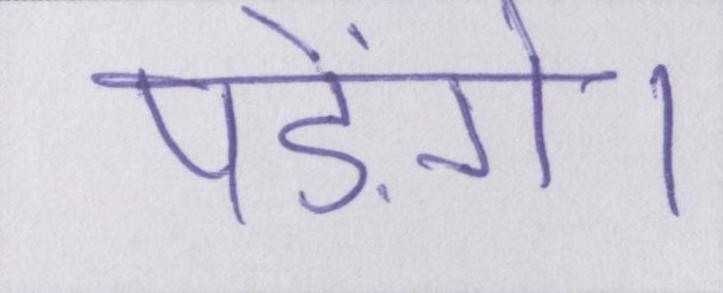
पड़ेंगे।